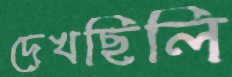
দেখছিলি